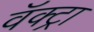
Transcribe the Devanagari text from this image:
वॅक्ट्रा